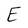
Character: E